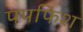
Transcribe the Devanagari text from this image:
पपफिश